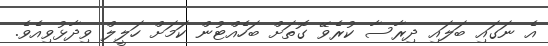
އެ ނަގައި ބަލައި ދިރާސާ ކުރެވޭ ގޮތަށް ބަހެއްޓުން ކަމަށް ހަލީލް ވިދާޅުވިއެވެ.